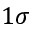
1 \sigma